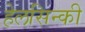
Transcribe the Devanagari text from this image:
हेलसिन्की